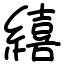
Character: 繥